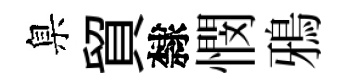
臬貿隸憫鴉